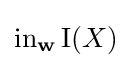
\operatorname {in} _{\mathbf {w} }\mathrm {I} (X)